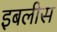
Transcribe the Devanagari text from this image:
इबलीस